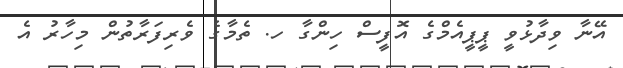
އޭނާ ވިދާޅުވީ ޕީޕީއެމްގެ އޮފީސް ހިންގާ ހ. ތެމާގެ ވެރިފަރާތުން މިހާރު އެ